system: You are a helpful assistant.
user:
Analyze the provided spectrum to determine if it is a **"Cataclysmic Variables (CV)"**.

- **Key Indicators for CV (Check for either state):**
    - **State 1: Quiescent / Low-State (Emission-Dominated)**
        - **(Primary):** Strong and *very broad* Hydrogen Balmer emission lines (e.g., $H\alpha$ at 6563 Å, $H\beta$ at 4861 Å). The 'broadness' (high velocity dispersion, often FWHM > 1000 km/s) is the key diagnostic, indicating a high-velocity accretion disk.
        - **(Secondary):** Broad neutral Helium (He I) emission lines (e.g., 5876 Å, 6678 Å).
        - **(Key Confirmation):** Presence of high-excitation *ionized* Helium (He II) emission at 4686 Å. This is a strong indicator of accretion onto a white dwarf.
        - **(Line Profile):** Emission lines may exhibit a 'double-peaked' profile, which is a classic signature of a rotating accretion disk viewed at high inclination.

    - **State 2: Outburst / High-State (Absorption-Dominated)**
        - **(Primary):** Spectrum is dominated by a bright, blue continuum (looks like a hot star).
        - **(Secondary):** The emission lines from State 1 are weak, absent, or 'filled in', and are replaced by broad, shallow *absorption* lines (primarily Balmer and He I).
        - **(Morphology):** The overall spectrum mimics a hot B/A-type star. The crucial difference is that the absorption lines are significantly broader, shallower, and more 'washed-out' (or 'smeared') than the sharp lines of a normal stellar photosphere, due to high rotational speeds and pressure broadening in the disk.

Think first, call **spectral_visualization_tool** if needed to examine features in detail, then provide your final answer. Your response must adhere to the following strict rules:
1.  **Overall Structure:** Your response must follow the format `<think>...</think> <tool_call>...</tool_call> (if a tool is used) <answer>...</answer>`.
2.  **Tool Usage Constraint:** You may only make **one** tool call per turn.
3.  **Final Answer Format:** In the `<answer>` tag, your conclusion must be inside a `\boxed{}` command (e.g., `\boxed{YES}`), followed by your justification.

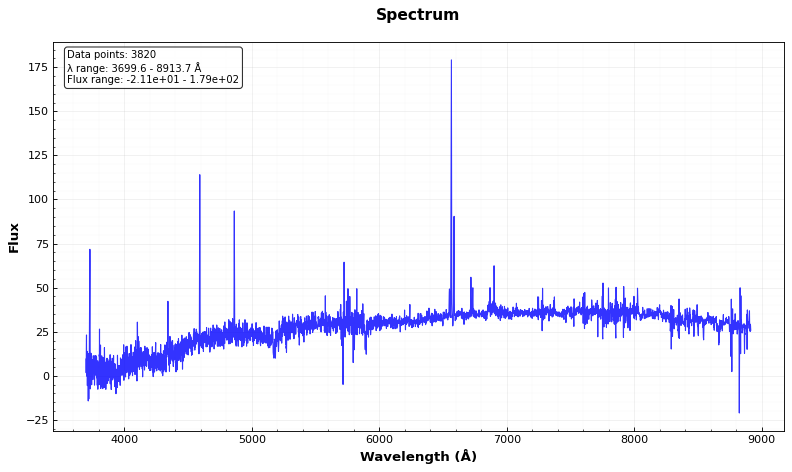
Answer: NO